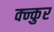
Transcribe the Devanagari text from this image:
क्न्कुर